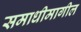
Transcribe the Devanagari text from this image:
समाधीमागील